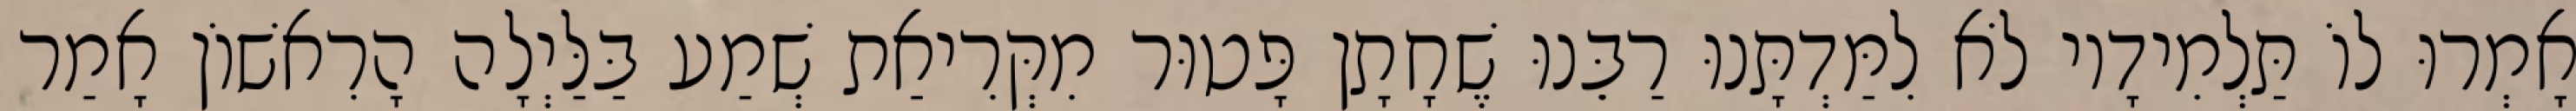
אָמְרוּ לוֹ תַּלְמִידָיו לֹא לִמַּדְתָּנוּ רַבֵּנוּ שֶׁחָתָן פָּטוּר מִקְּרִיאַת שְׁמַע בַּלַּיְלָה הָרִאשׁוֹן אָמַר